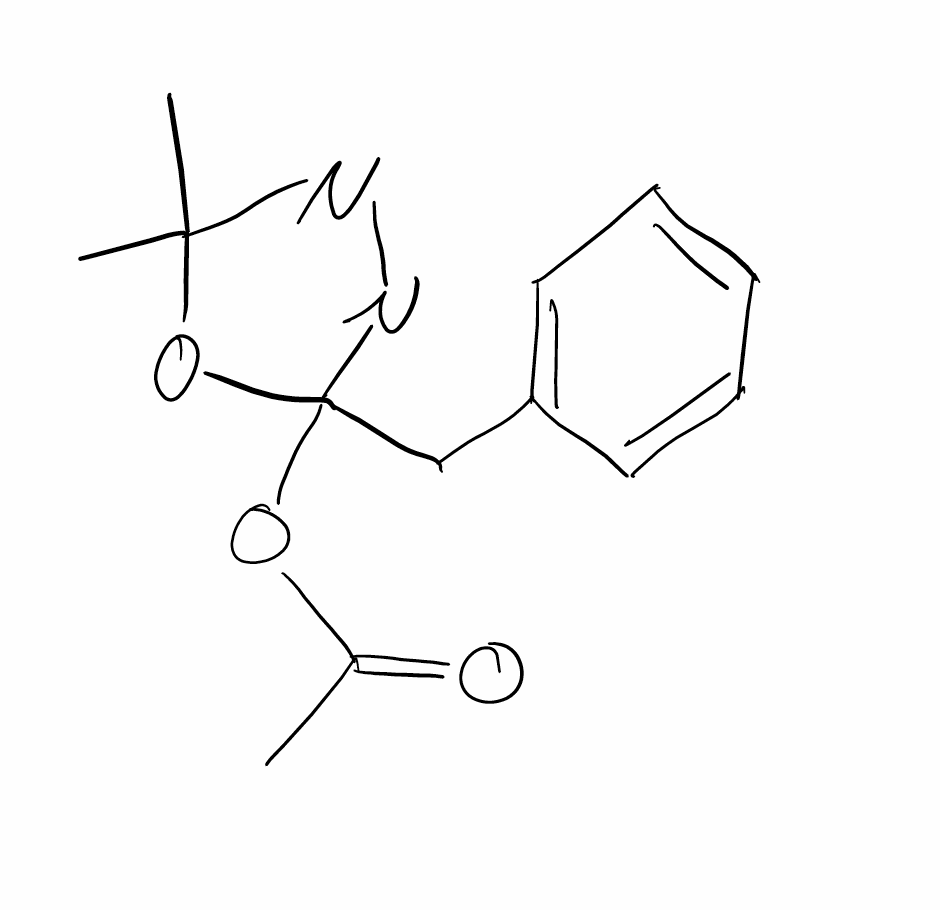
Simplified molecular-input line-entry system (SMILES) notation of the given molecule:
CC(=O)OC1(N=NC(O1)(C)C)CC2=CC=CC=C2